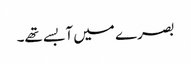
بصرے میں آبسے تھے۔